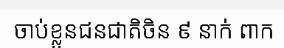
ចាប់ខ្លួនជនជាតិចិន ៩ នាក់ ពាក